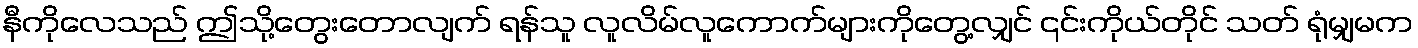
နီကိုလေသည် ဤသို့တွေးတောလျက် ရန်သူ လူလိမ်လူကောက်များကိုတွေ့လျှင် ၎င်းကိုယ်တိုင် သတ် ရုံမျှမက